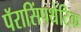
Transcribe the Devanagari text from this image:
पॅरासिंपथेटिक